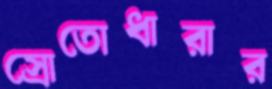
স্রোতোধারার